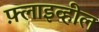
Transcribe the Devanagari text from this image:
फ़्लाइव्हील